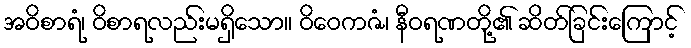
အဝိစာရံ၊ ဝိစာရလည်းမရှိသော။ ဝိဝေကဇံ၊ နီဝရဏတို့၏ ဆိတ်ခြင်းကြောင့်